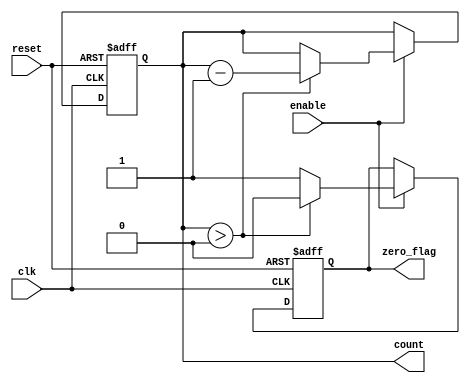
module MemoryBlocksDownCounter (
    input wire clk,           // Clock input
    input wire reset,         // Asynchronous reset input
    input wire enable,        // Enable signal for counting
    output reg [3:0] count,   // Current count value (4-bit)
    output reg zero_flag      // Zero flag output
);

    // Initial count value
    parameter INITIAL_VALUE = 4'b1111; // Start counting down from 15

    // Always block for synchronous logic
    always @(posedge clk or posedge reset) begin
        if (reset) begin
            count <= INITIAL_VALUE; // Reset to initial value
            zero_flag <= 1'b0;      // Clear zero flag
        end else if (enable) begin
            if (count > 4'b0000) begin
                count <= count - 1;  // Decrement count
                zero_flag <= 1'b0;    // Clear zero flag
            end else begin
                zero_flag <= 1'b1;     // Set zero flag if count reaches zero
            end
        end
        // If enable is low, retain the current count value and zero_flag state
    end

endmodule